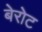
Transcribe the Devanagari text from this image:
बेरोट